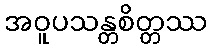
အဝူပသန္တစိတ္တဿ